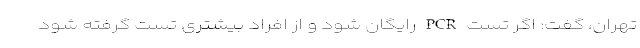
تهران، گفت: اگر تست PCR رایگان شود و از افراد بیشتری تست گرفته شود